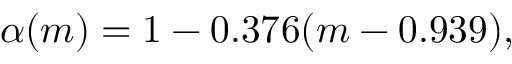
\alpha ( m ) = 1 - 0 . 3 7 6 ( m - 0 . 9 3 9 ) ,